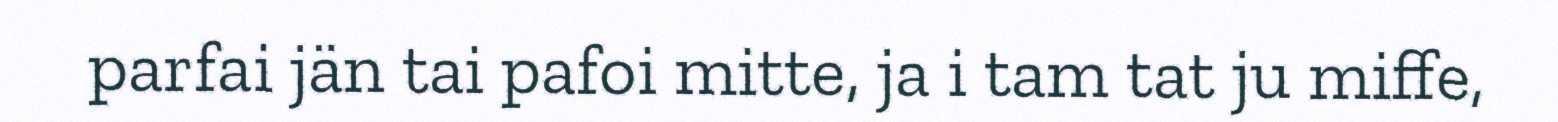
parfai jän tai pafoi mitte, ja i tam tat ju miffe,